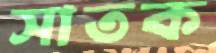
সাতক